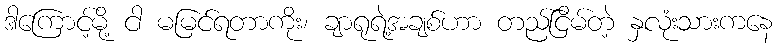
ဒါကြောင့်မို့ ငါ မမြင်ရတာကိုး၊ ချာရုရဲ့အချစ်ဟာ တည်ငြိမ်တဲ့ နှလုံးသားကနေ